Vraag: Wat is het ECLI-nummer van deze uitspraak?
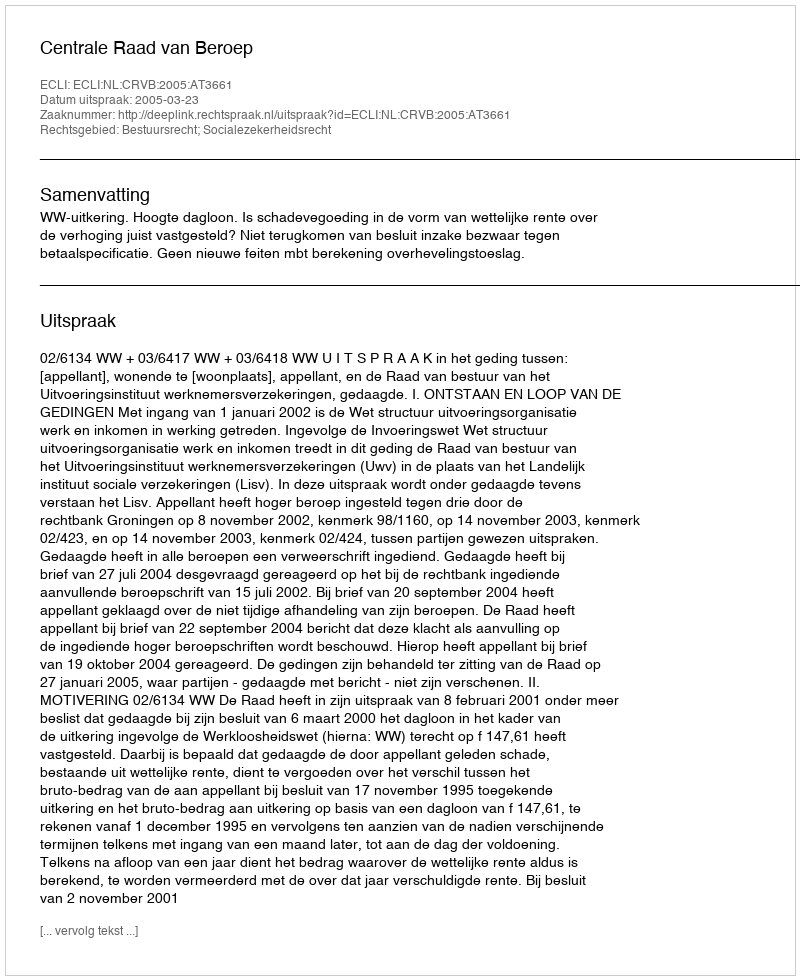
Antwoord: ECLI:NL:CRVB:2005:AT3661